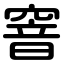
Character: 窨